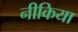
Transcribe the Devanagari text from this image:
नीकिया